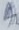
Text: A2